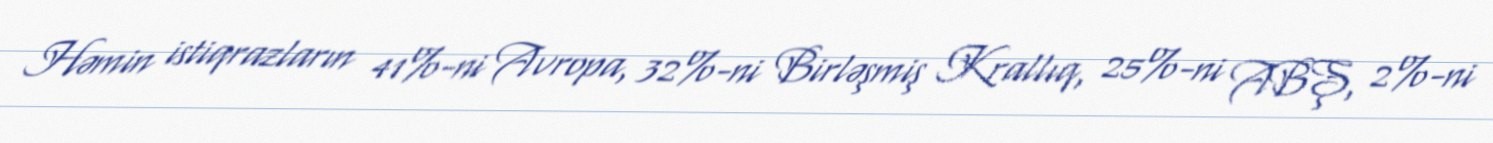
Həmin istiqrazların 41%-ni Avropa, 32%-ni Birləşmiş Krallıq, 25%-ni ABŞ, 2%-ni